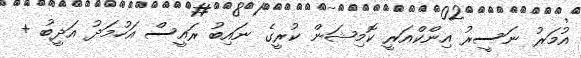
އުމަރު ނަސީރު އިންކްއަރީ ކޮމިޝަން ކުރީގެ ނައިބު ރައީސް އަހުމަދު އަދީބު +